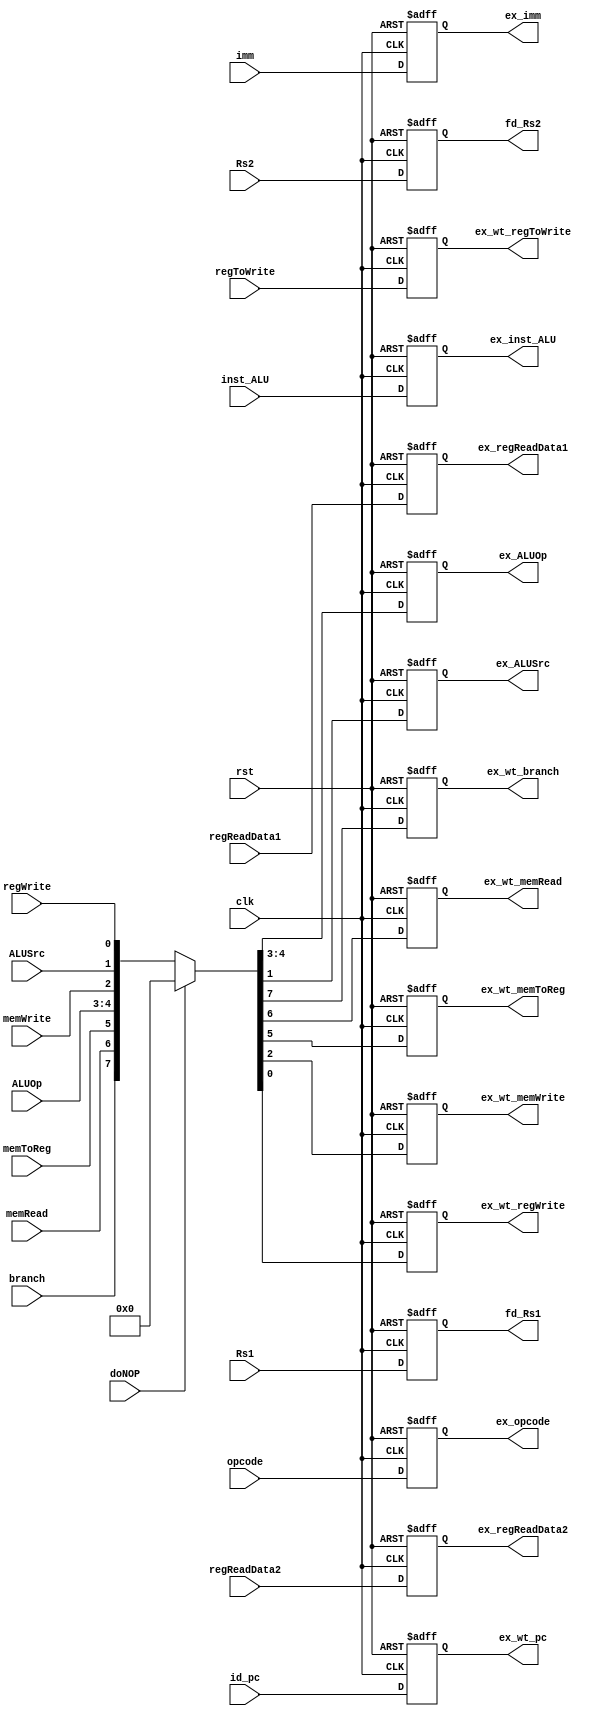
module ID_EX #(
    parameter REG_NUM_BITWIDTH = 5,
    parameter WORD_BITWIDTH    = 32
) (
    input clk,
    input rst,

    input       branch,
    input       memRead,
    input       memToReg,
    input [1:0] ALUOp,
    input       memWrite,
    input       ALUSrc,
    input       regWrite,
    input [3:0] inst_ALU,

    input [REG_NUM_BITWIDTH-1:0] Rs1,
    input [REG_NUM_BITWIDTH-1:0] Rs2,

    input doNOP,

    input [WORD_BITWIDTH-1:0] regReadData1,
    input [WORD_BITWIDTH-1:0] regReadData2,
    input [REG_NUM_BITWIDTH-1:0] regToWrite,
    input [WORD_BITWIDTH-1:0] imm,
    input [6:0] opcode,

    input [WORD_BITWIDTH-1:0] id_pc,

    output reg [1:0] ex_ALUOp,
    output reg       ex_ALUSrc,

    output reg [WORD_BITWIDTH-1:0] ex_regReadData1,
    output reg [WORD_BITWIDTH-1:0] ex_regReadData2,
    output reg [WORD_BITWIDTH-1:0] ex_imm,
    output reg [              6:0] ex_opcode,
    output reg [              3:0] ex_inst_ALU,

    output reg [REG_NUM_BITWIDTH-1:0] fd_Rs1,
    output reg [REG_NUM_BITWIDTH-1:0] fd_Rs2,

    //write through
    output reg ex_wt_branch,
    output reg ex_wt_memRead,
    output reg ex_wt_memToReg,
    output reg ex_wt_memWrite,
    output reg ex_wt_regWrite,

    output reg [REG_NUM_BITWIDTH-1:0] ex_wt_regToWrite,

    output reg [WORD_BITWIDTH-1:0] ex_wt_pc

);
  always @(posedge clk or posedge rst) begin
    if (rst) begin
      {ex_wt_branch, ex_wt_memRead, ex_wt_memToReg, ex_ALUOp, ex_wt_memWrite, ex_ALUSrc, ex_wt_regWrite} <= 0;
    end else begin
      {ex_wt_branch, ex_wt_memRead, ex_wt_memToReg, ex_ALUOp, ex_wt_memWrite, ex_ALUSrc, ex_wt_regWrite} <= doNOP ? 
      0 :
      {branch, memRead, memToReg, ALUOp, memWrite, ALUSrc, regWrite};
    end
  end
  always @(posedge clk or posedge rst) begin
    if (rst) begin
      fd_Rs1 <= 0;
    end else begin
      fd_Rs1 <= Rs1;
    end
  end
  always @(posedge clk or posedge rst) begin
    if (rst) begin
      fd_Rs2 <= 0;
    end else begin
      fd_Rs2 <= Rs2;
    end
  end

  always @(posedge clk or posedge rst) begin
    if (rst) begin
      ex_regReadData1 <= 0;
    end else begin
      ex_regReadData1 <= regReadData1;
    end
  end

  always @(posedge clk or posedge rst) begin
    if (rst) begin
      ex_regReadData2 <= 0;
    end else begin
      ex_regReadData2 <= regReadData2;
    end
  end

  always @(posedge clk or posedge rst) begin
    if (rst) begin
      ex_wt_regToWrite <= 0;
    end else begin
      ex_wt_regToWrite <= regToWrite;
    end
  end

  always @(posedge clk or posedge rst) begin
    if (rst) begin
      ex_imm <= 0;
    end else begin
      ex_imm <= imm;
    end
  end

  always @(posedge clk or posedge rst) begin
    if (rst) begin
      ex_opcode <= 0;
    end else begin
      ex_opcode <= opcode;
    end
  end

  always @(posedge clk or posedge rst) begin
    if (rst) begin
      ex_inst_ALU <= 0;
    end else begin
      ex_inst_ALU <= inst_ALU;
    end
  end

  always @(posedge clk or posedge rst) begin
    if (rst) begin
      ex_wt_pc <= 0;
    end else begin
      ex_wt_pc <= id_pc;
    end
  end
endmodule